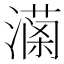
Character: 𤀚